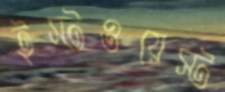
ইস্টওয়েস্ট